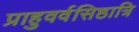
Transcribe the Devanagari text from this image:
प्राहुवर्वसिष्ठात्रि